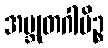
အဗ္ဘုတဂါမိဉ္စ